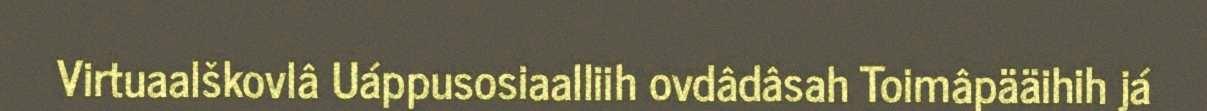
Virtuaalškovlâ Uáppusosiaalliih ovdâdâsah Toimâpääihih já